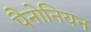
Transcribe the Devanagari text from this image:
पैनोनियन